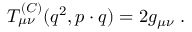
T _ { \mu \nu } ^ { ( C ) } ( q ^ { 2 } , p \cdot q ) = 2 g _ { \mu \nu } \ .